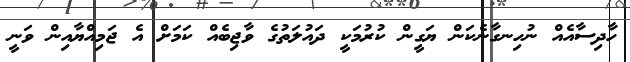
ހާދިސާއެއް ނުހިނގާނެކަން ޔަގީން ކުރުމަކީ ދައުލަތުގެ ވާޖިބެއް ކަމަށް އެ ޖަމިއްޔާއިން ވަނީ